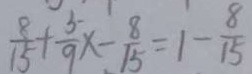
\frac { 8 } { 1 5 } + \frac { 5 } { 9 } x - \frac { 8 } { 1 5 } = 1 - \frac { 8 } { 1 5 }